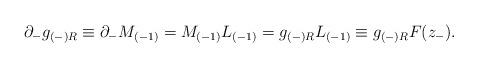
LaTeX: \begin{align*}\partial _-g_{(-)R}\equiv \partial _-M_{(-1)}=M_{(-1)}L_{(-1)}=g_{(-)R}L_{(-1)}\equiv g_{(-)R} {F}(z_-).\end{align*}